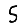
Digit: 5